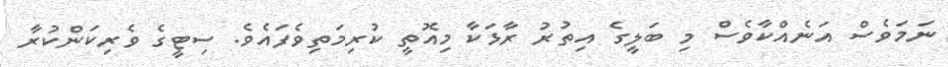
ނަމަވެސް އަނެއްކާވެސް މި ބަލީގެ އިތުރު ރާޅަކާ މިއޮތީ ކުރިމަތިވެފައެވެ. ސިޓީގެ ވެރިކަންކުރާ